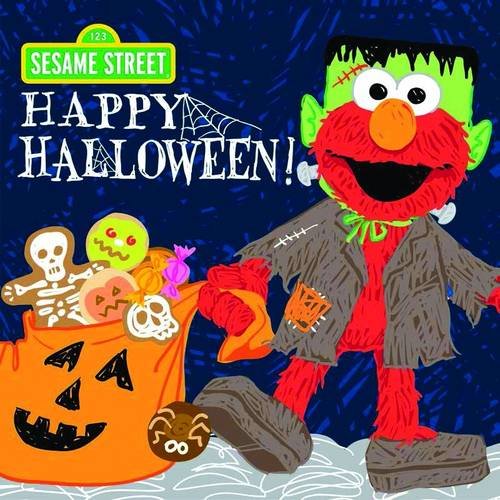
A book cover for Happy Halloween! (Sesame Street Scribbles Elmo); Sesame Workshop; Children's Books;